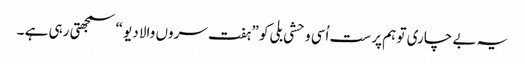
یہ بے چاری تو ہم پر ست اُسی وحشی بلی کو ” ہفت سروں والا دیو “ سمجھتی رہی ہے ۔